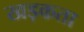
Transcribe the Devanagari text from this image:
खड़कता